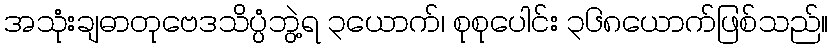
အသုံးချဓာတုဗေဒသိပ္ပံဘွဲ့ရ ၃ယောက်၊ စုစုပေါင်း ၃၆၈ယောက်ဖြစ်သည်။